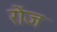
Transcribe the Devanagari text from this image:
रोंज